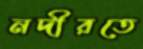
নদীরতে